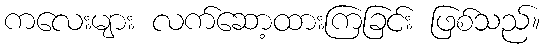
ကလေးများ လက်ဆော့ထားကြခြင်း ဖြစ်သည်။